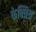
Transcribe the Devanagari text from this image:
फेक्त्रिय्र